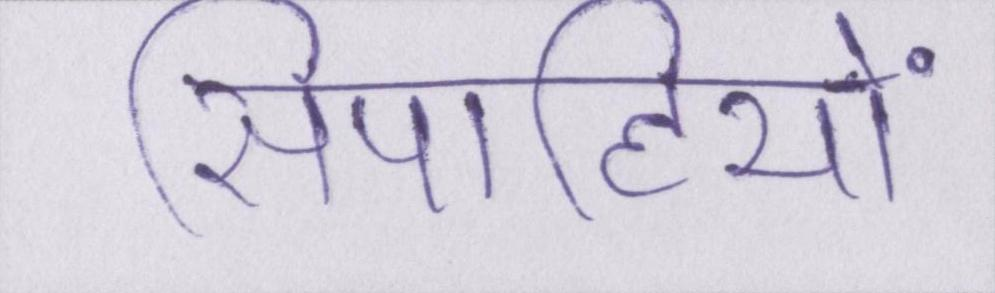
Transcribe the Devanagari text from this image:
सिपाहियों